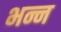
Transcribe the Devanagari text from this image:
भन्न